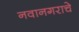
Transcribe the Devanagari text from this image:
नवानगराचे